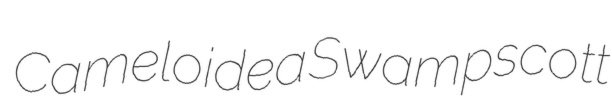
Cameloidea Swampscott